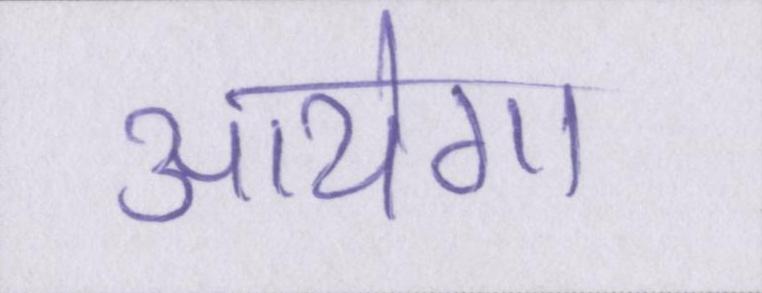
आयेगा